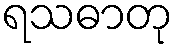
ရသဓာတု